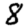
Digit: 8